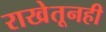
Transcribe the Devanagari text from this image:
राखेतूनही